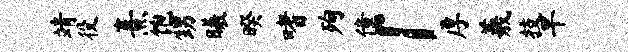
靖役熹饱甥曦暌嗜殉僮「厚羲技旱